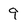
Character: 9